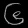
Digit: ၆